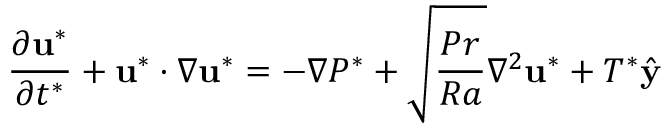
\frac { \partial \mathbf { u } ^ { * } } { \partial t ^ { * } } + \mathbf { u } ^ { * } \cdot \nabla \mathbf { u } ^ { * } = - \nabla P ^ { * } + \sqrt { \frac { P r } { R a } } \nabla ^ { 2 } \mathbf { u } ^ { * } + T ^ { * } \hat { \mathbf { y } }